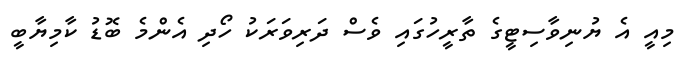
މިއީ އެ ޔުނިވާސިޓީގެ ތާރީހުގައި ވެސް ދަރިވަރަކު ހޯދި އެންމެ ބޮޑު ކާމިޔާބީ